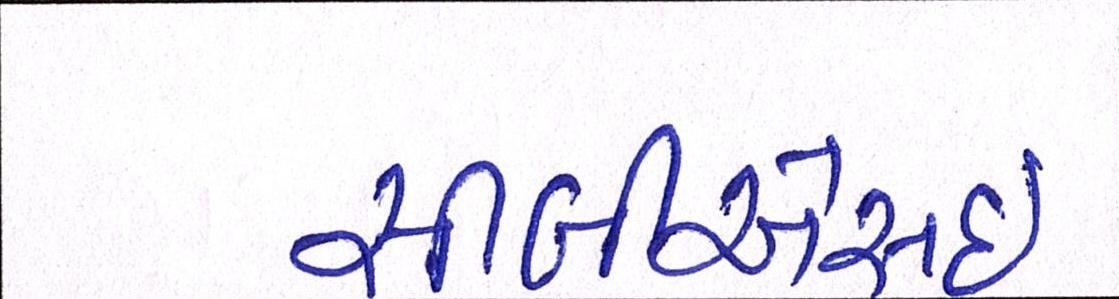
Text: સીબીએસઇ